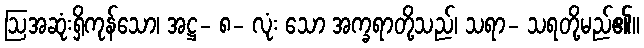
ဩအဆုံးရှိကုန်သော၊ အဋ္ဌ- ၈- လုံး သော အက္ခရာတို့သည်၊ သရာ- သရတို့မည်၏။